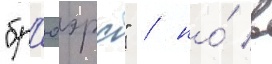
"бр'юэрс" / но́ в